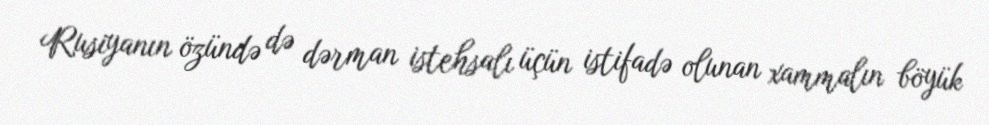
Rusiyanın özündə də dərman istehsalı üçün istifadə olunan xammalın böyük